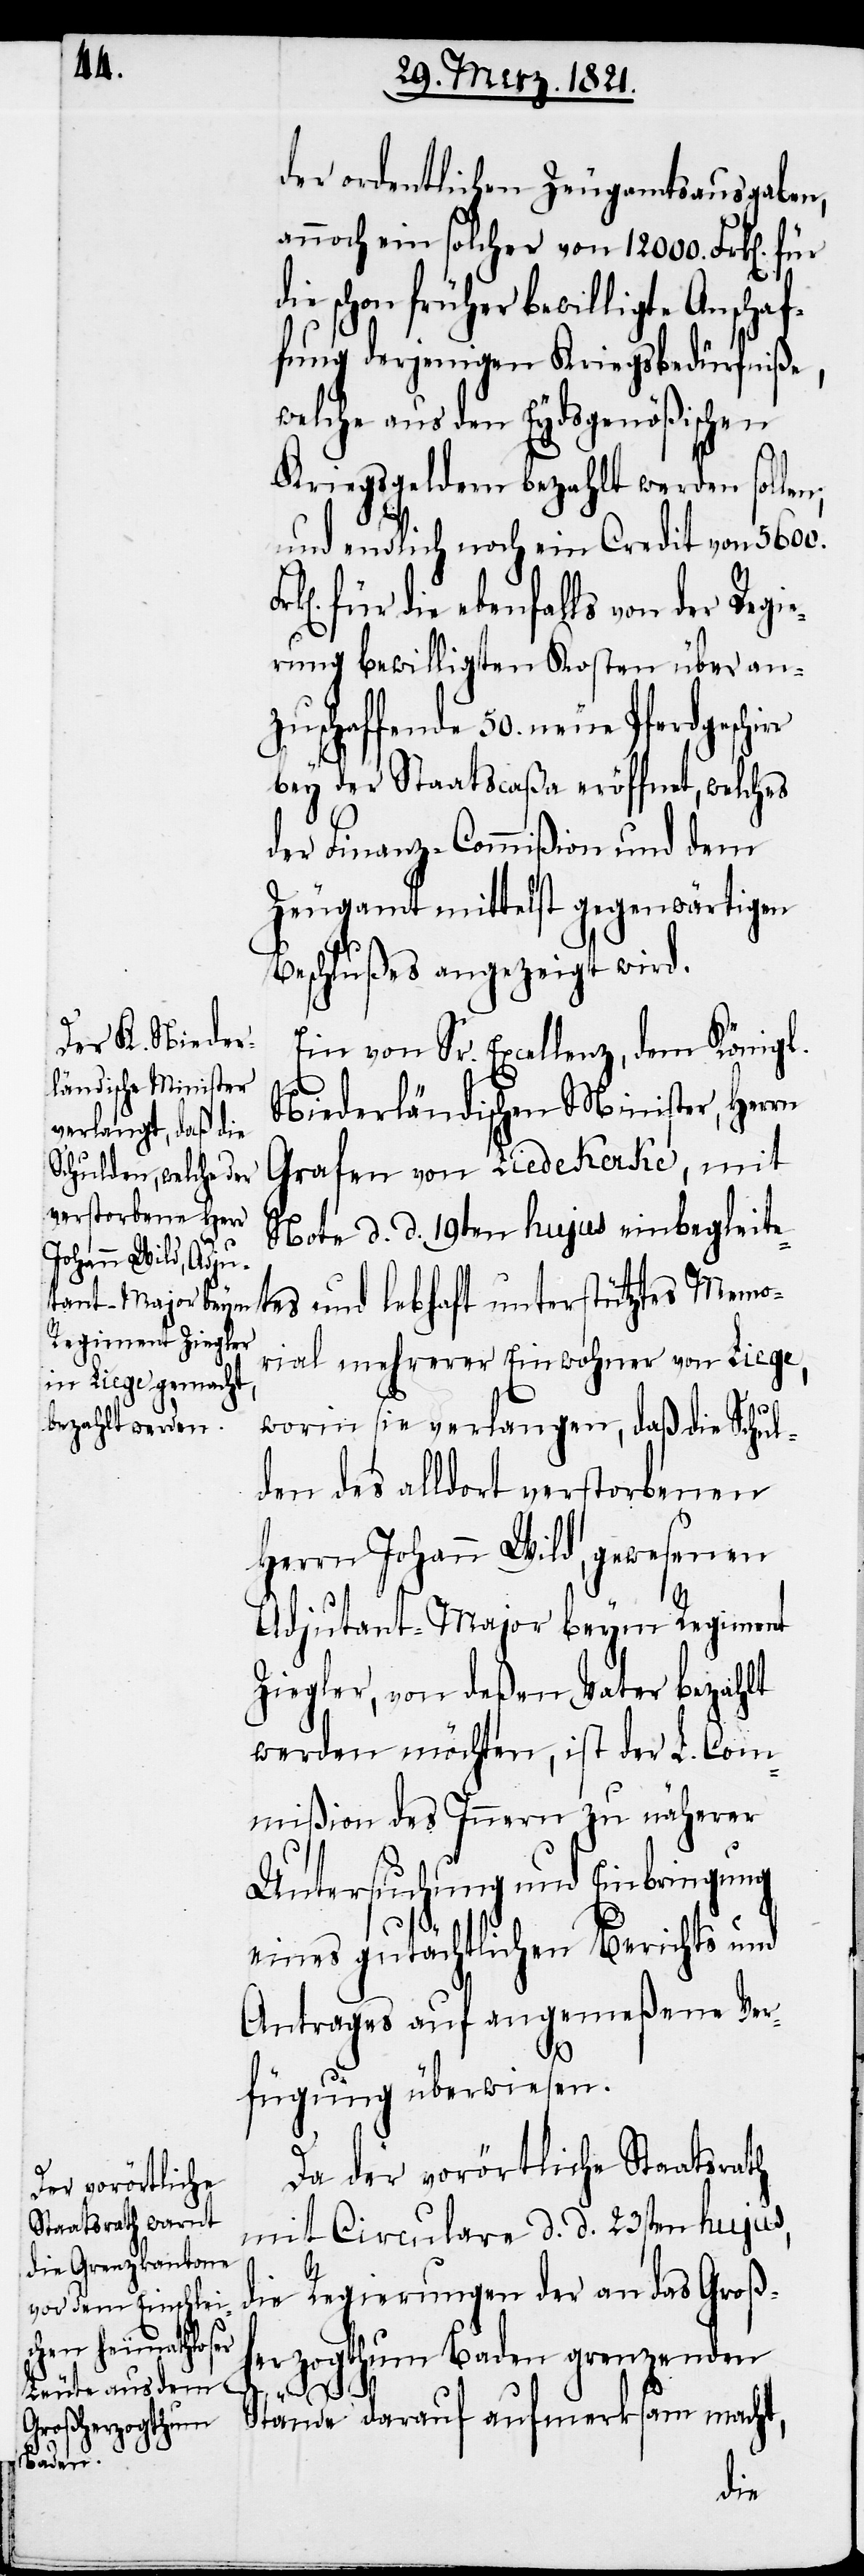
der ordentlichen Zeugamtsausgaben,
annoch ein solcher von 12 000. Frk[en].
schon früher bewilligte Anscha¬
fung derjenigen Kriegsbedürfniße,
welche aus den Eydsgenößischen
Kriegsgeldern bezahlt werden sollen;
und endlich noch ein Credit von 5600.
für die ebenfalls von der Regie¬
rung bewilligten Kosten über an¬
zuschaffende 50. neue Pferdgeschir¬
bey der Staatscaßa eröffnet, welches
der Finanz-Commißion und dem
Zeugamt mittelst gegenwärtigen
Beschlußes angezeigt wird.
Ein von Sr. Excellenz, dem Königl.
Niederländischen Minister, Herrn
Grafen von Liedekerke, mit
Note d. d. 19ten hujus einbegleite¬
tes und lebhaft unterstütztes Memo¬
rial mehrerer Einwohner von Liege,
worin sie verlangen, daß die Schul¬
den des alldort verstorbenen
Herrn Johann Wild, gewesenen
Adjutant-Major beym Regiment
Ziegler, von deßen Vater bezahlt
werden möchten, ist der L. Com¬
mißion des Innern zu näherer
Untersuchung und Einbringung
eines gutächtlichen Berichts und
Antrages auf angemeßene Ver¬
fügung überwiesen.
Da der vorörtliche Staatsrath
mit Circulare d. d. 23sten hujus,
die Regierungen der an das Groß¬
herzogthum Baden grenzenden
re
Stände darauf aufmerksam macht,
die